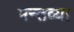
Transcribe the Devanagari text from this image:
मन्तव्या